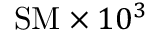
\mathrm { S M } \times 1 0 ^ { 3 }